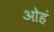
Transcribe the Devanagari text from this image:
ओहं